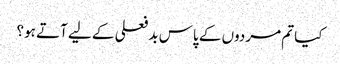
کیا تم مردوں کے پاس بد فعلی کے لیے آتے ہو؟